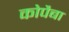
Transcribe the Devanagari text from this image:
कोपैबा